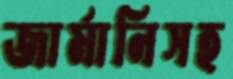
জার্মানিসহ